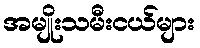
အမျိုးသမီးငယ်များ